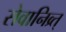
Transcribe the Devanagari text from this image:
सेवानिव्र्त्